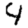
Digit: 4